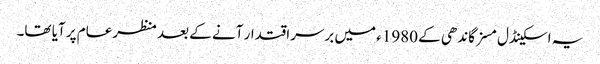
یہ اسکینڈل مسز گاندھی کے 1980ء میں برسراقتدار آنے کے بعد منظرعام پر آیا تھا۔